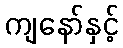
ကျနော်နှင့်